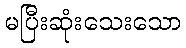
မပြီးဆုံးသေးသော